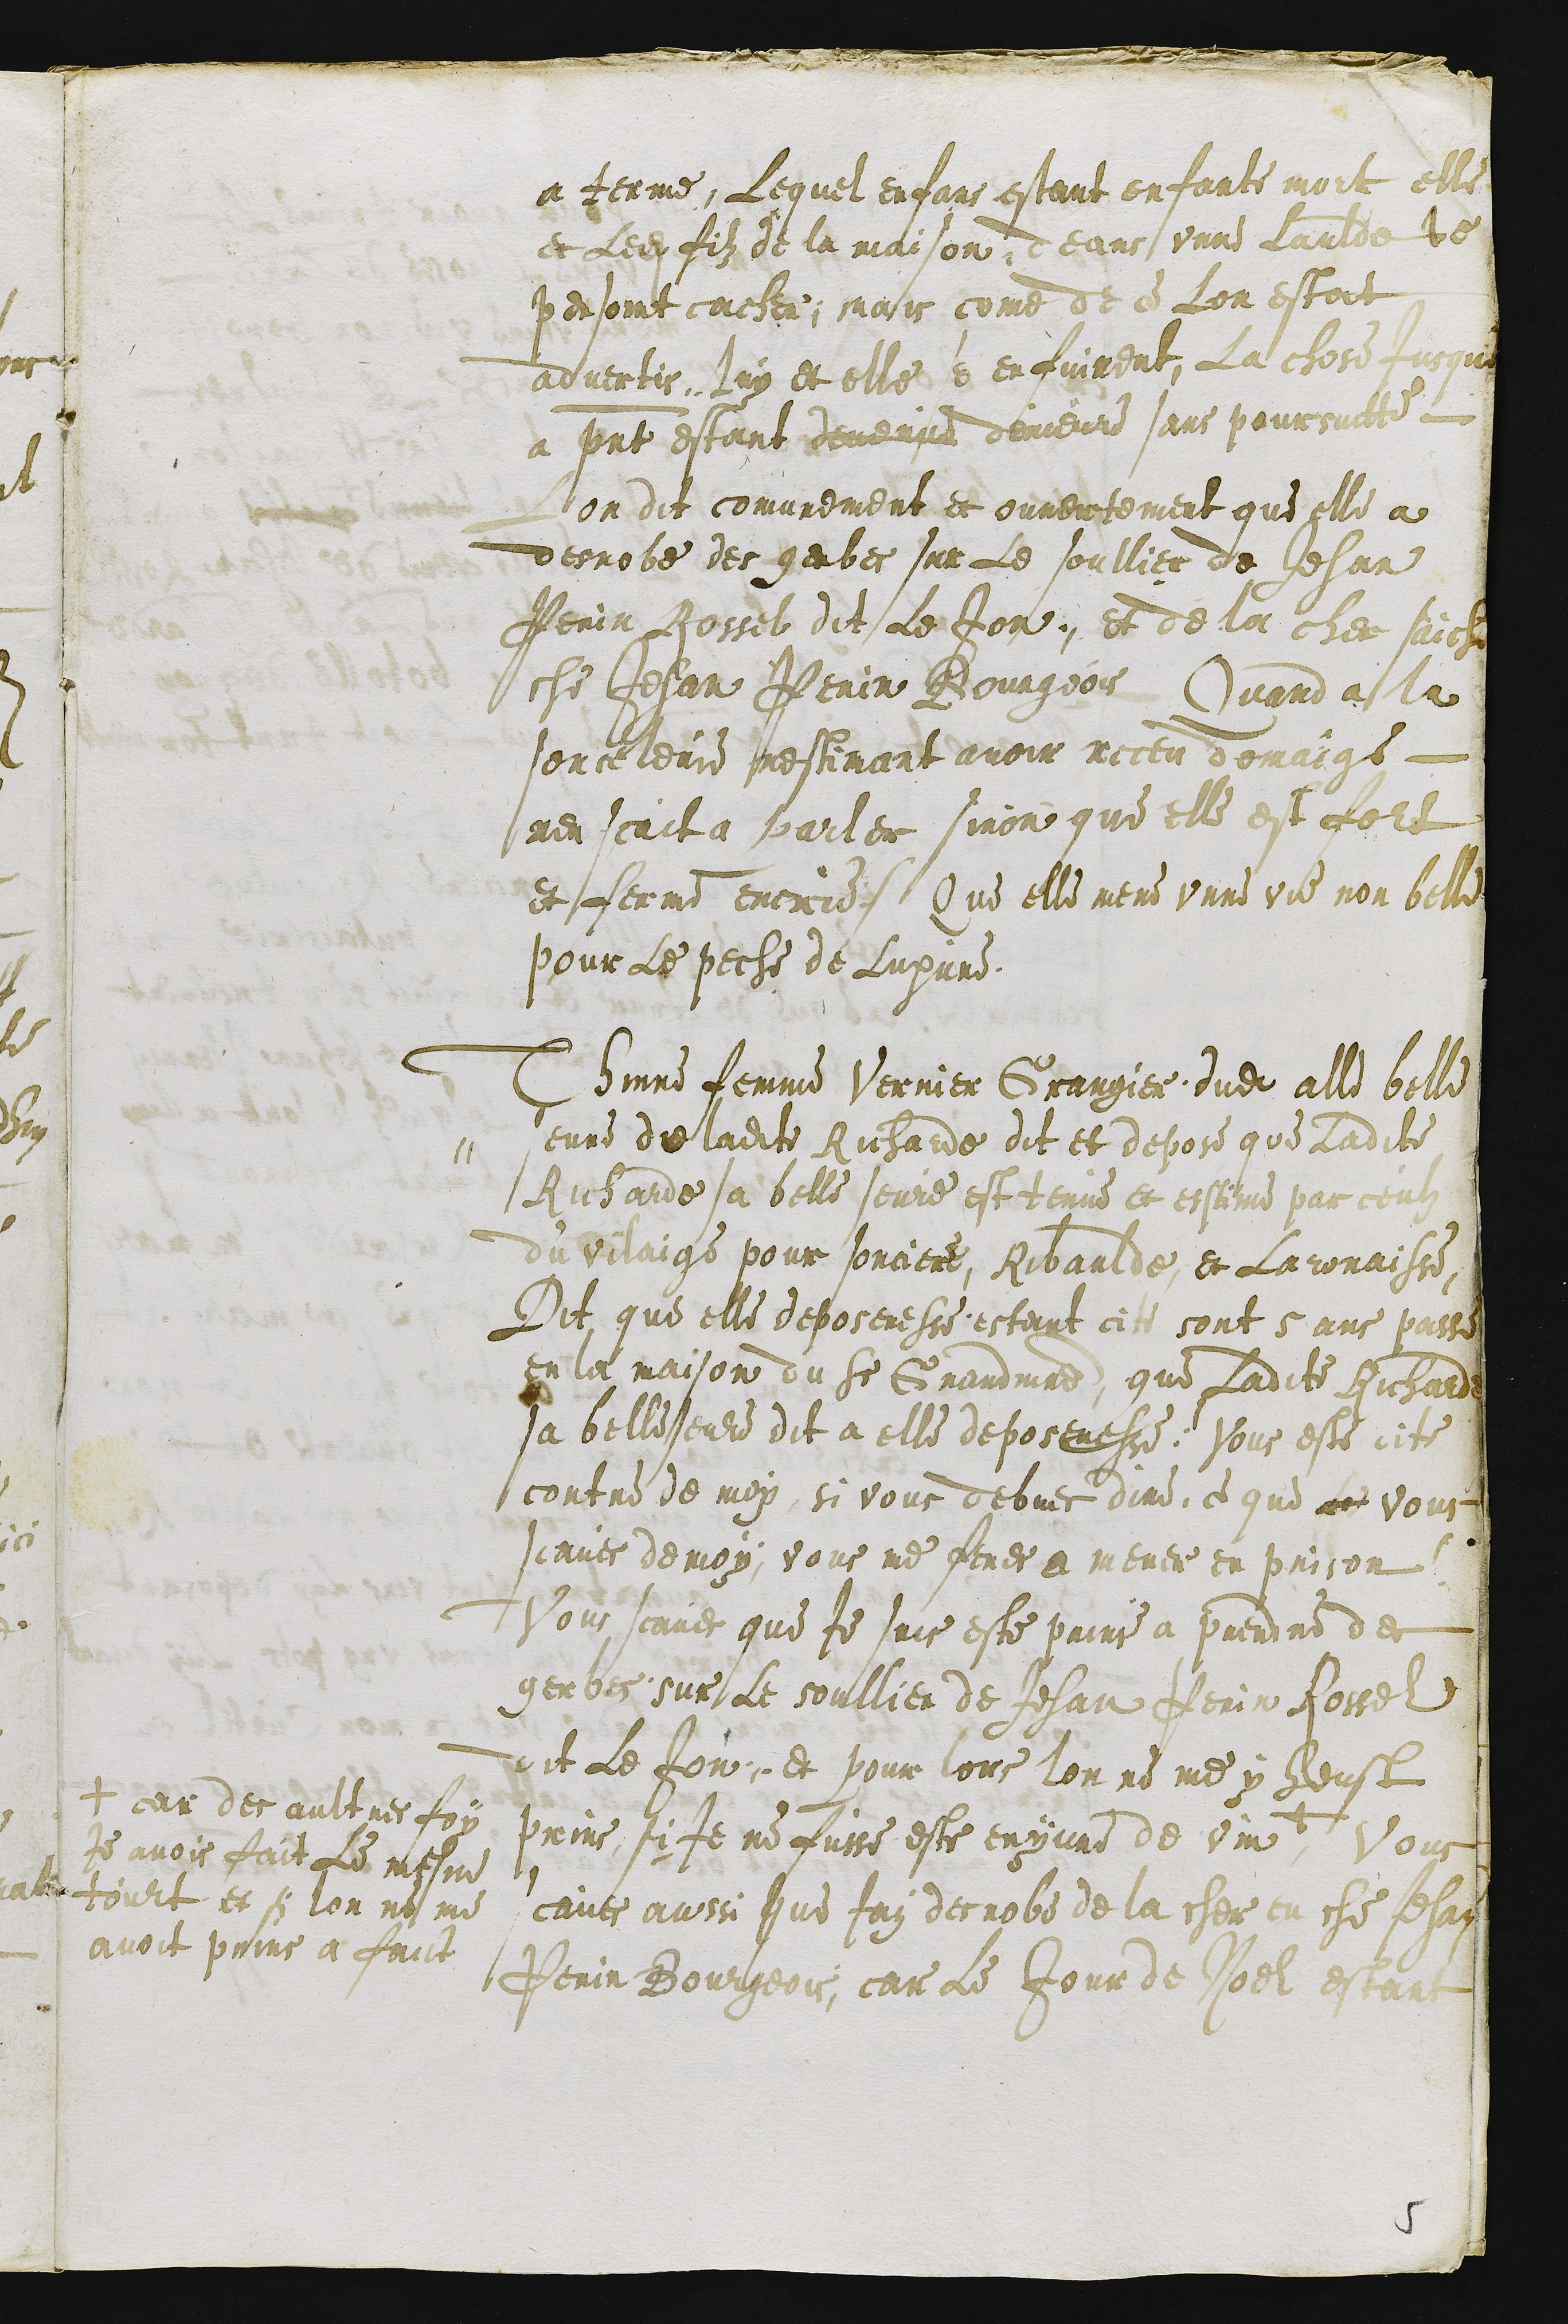
a terme, Lequel enfans estant enfante mort elle
et ledit filz de la maison, deans unne laulde le
pensoint cacher, mais comme de ce Lon estoit
advertis, luy et elle s'enfuirent, La chose Jusque
a present estant demerue demeure sans poursuitte
Lon dit comunement et ouvertement que elle a
derobe des gerbes sur Le soullier de Jehan
Perrin Rossel dit Le Jon, et de la cher saiche
che Jehan Perrin Bourgeois Quand a la
sorcelerie nestimant avoir receu domaige
nen scait a parler sinon que elle est fort
et ferme encrie. Que elle mene unne vie non belle
pour le peche de Luxure.
Thinne femme Vernier Grangier dudit alle belle
seure de ladite Richarde dit et depose que ladite
Richarde sa belle seure est tenue et estime par ceulz
du vilaige pour sorciere, Ribaulde et Laronaisse
Dit que elle deposeresse estant ci # sont 5 ans passe
en la maison du Sieur Grandmaitre que Ladite Richarde
sa belleseure dit a elle deposeresse: Vous este cite
contre de moy, si vous debves dire, ce que Le vous
scaves de moy, vous me feres a mener en prison
Vous scaves que je suis este prins a prendre des
gerbes sur le soullier de Jehan Perin Rossel
dit Le Jon et pour lors lon ne me y heust
prins si je ne fuisse este enyvre de vin +
+ car des aultres foy
Je avois fait Le mesme
tourt et sy lon ne me
avoit prins a faict
Vous
scaves aussi que jay derobe de la cher en che Jehan
Perin Bourgeois, car Le Jour de Noel estant